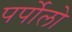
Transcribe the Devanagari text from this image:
पर्पोलो